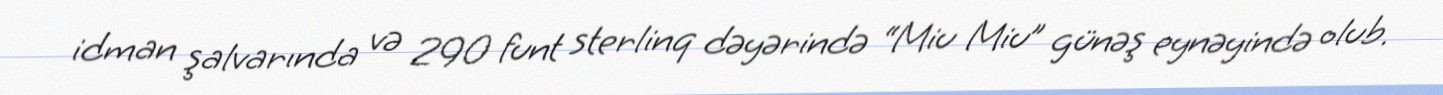
idman şalvarında və 290 funt sterlinq dəyərində “Miu Miu” günəş eynəyində olub.